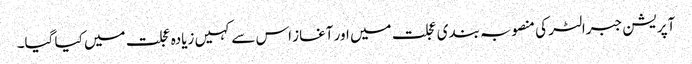
آپریشن جبرالٹر کی منصوبہ بندی عجلت میں اور آغاز اس سے کہیں زیادہ عجلت میں کیا گیا۔